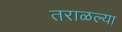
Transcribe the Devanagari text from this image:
तराळल्या